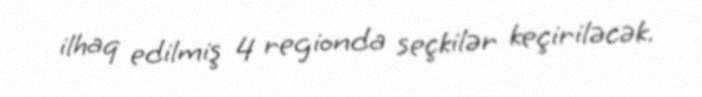
ilhaq edilmiş 4 regionda seçkilər keçiriləcək.